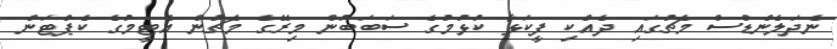
ނެދަލެންޑްސް މެޗުގައި ދެއްކި ފީކަޅާ ކުޅުމުގެ ސަބަބުން މިރޭގެ މެޗުން އެޓީމުގެ ކެޕްޓަން